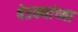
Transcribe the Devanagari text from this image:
बेडक्यांच्या